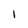
Character: I